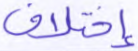
إختلاف